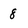
Character: 8